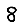
Digit: 8